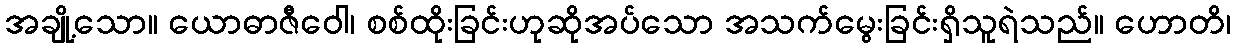
အချို့သော။ ယောဓာဇီဝေါ၊ စစ်ထိုးခြင်းဟုဆိုအပ်သော အသက်မွေးခြင်းရှိသူရဲသည်။ ဟောတိ၊